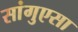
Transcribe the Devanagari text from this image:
सांगुएसा